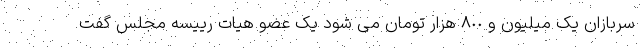
سربازان یک میلیون و ٨٠٠ هزار تومان می شود یک عضو هیات رییسه مجلس گفت